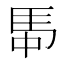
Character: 𮩸